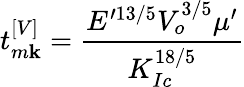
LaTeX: t_{m\mathbf{k}}^{\left[V\right]}=\frac{{E^{\prime13/5}V_{o}^{3/5}\mu^{\prime}}}{{K_{Ic}^{18/5}}}